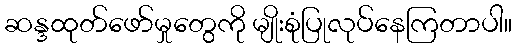
ဆန္ဒထုတ်ဖော်မှုတွေကို မျိုးစုံပြုလုပ်နေကြတာပါ။